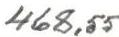
468,55